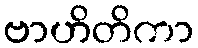
ဗာဟိတိကာ